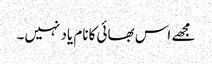
مجھے اس بھائی کانام یاد نہیں۔